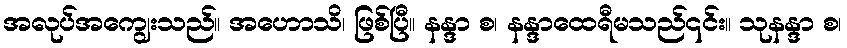
အလုပ်အကျွေးသည်။ အဟောသိ၊ ဖြစ်ပြီ။ နန္ဒာ စ၊ နန္ဒာထေရီမသည်၎င်း။ သုနန္ဒာ စ၊